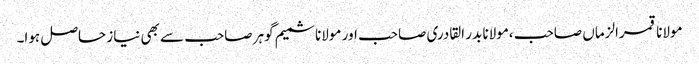
مولانا قمرالزماں صاحب ،مولانا بدر القادری صاحب اور مولانا شمیم گوہر صاحب سے بھی نیاز حاصل ہوا۔